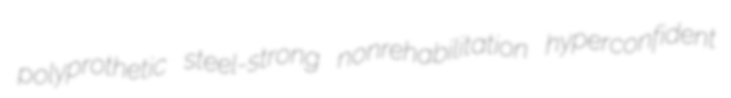
polyprothetic steel-strong nonrehabilitation hyperconfident